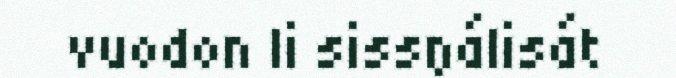
vuodon li sissŋálisát